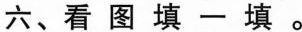
六、看图填一填。